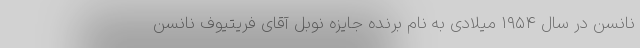
نانسن در سال ۱۹۵۴ میلادی به نام برنده جایزه نوبل آقای فریتیوف نانسن